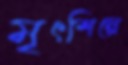
মৃৎশিল্পে